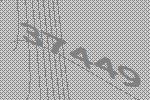
37449